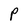
Character: P